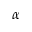
\alpha